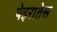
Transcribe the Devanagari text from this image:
पेइरातेस